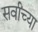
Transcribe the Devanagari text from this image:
सर्वांच्‍या